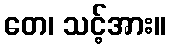
တေ၊ သင့်အား။